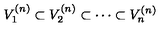
V _ { 1 } ^ { ( n ) } \subset V _ { 2 } ^ { ( n ) } \subset \cdots \subset V _ { n } ^ { ( n ) }